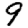
Digit: 9